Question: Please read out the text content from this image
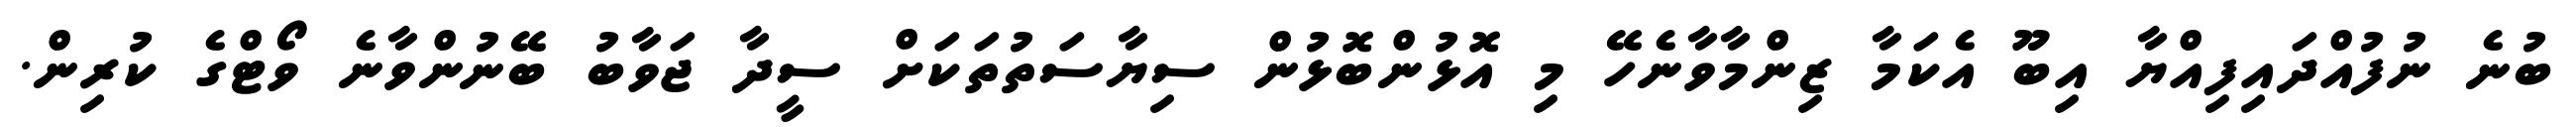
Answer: ބުނެ ނުފުއްދައިފިއްޔާ އިބޫ އެކަމާ ޒިންމާވާނެހޭ މި އޮޅުންބޮޅުން ސިޔާސަތުތަކަށް ސީދާ ޖަވާބު ބޭނުންވާނެ ވޯޓްގެ ކުރިން.